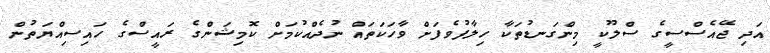
އަދި ޖޭއެސްސީގެ ސްލޫކީ މިންގަނޑުތަކާ ހިލާފުވެފަށް ވާހަކަތައް ނުދެއްކުމަށް ކޮމިޝަންގެ ރައީސްގެ ހައިސިއްޔަތުން